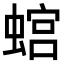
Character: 𧎡